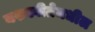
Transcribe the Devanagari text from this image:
यशस्वीतेमधील